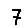
Digit: 7